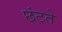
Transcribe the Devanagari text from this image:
छंटते